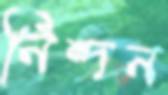
নিন্দন